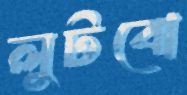
লুটবো